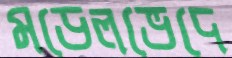
মডেলভেদে